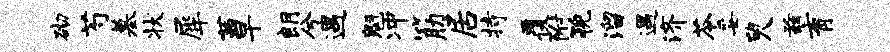
砌芍墓状犀茜早朗兮遇魁冲筋居持覆附猊溜遇济苓妥臾兹育